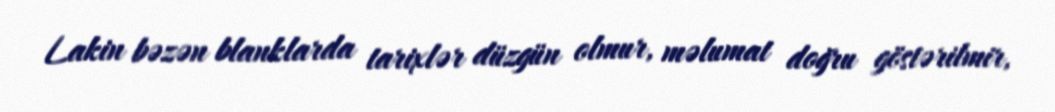
Lakin bəzən blanklarda tarixlər düzgün olmur, məlumat doğru göstərilmir,